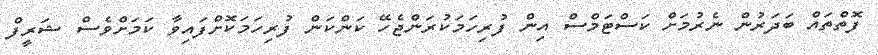
ފޮތްތައް ބަދަރުން ނެރުމަށް ކަސްޓަމްސް އިން ފުރިހަމަކުރަންޖެހޭ ކަންކަން ފުރިހަމަކޮށްފައިވާ ކަމަށްވެސް ޝަރީފް